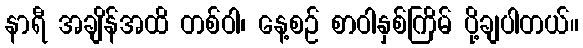
နာရီ အချိန်အထိ တစ်ဝါ၊ နေ့စဉ် စာဝါနှစ်ကြိမ် ပို့ချပါတယ်။